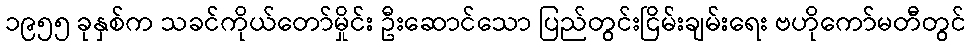
၁၉၅၅ ခုနှစ်က သခင်ကိုယ်တော်မှိုင်း ဦးဆောင်သော ပြည်တွင်းငြိမ်းချမ်းရေး ဗဟိုကော်မတီတွင်